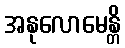
အနုလောမေန္တိ